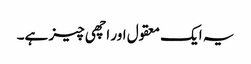
یہ ایک معقول اور اچھی چیز ہے۔